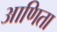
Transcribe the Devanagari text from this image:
आणिता